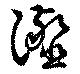
瀣